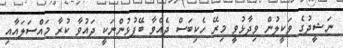
ނަޝީދުގެ ވަކީލުން ވިދާޅުވީ މިރޭ ހެކިބަސް ދެއްވާ ބޭފުޅުންނަކީ ދައުވާ ކުރާ މައްސަލައާއި